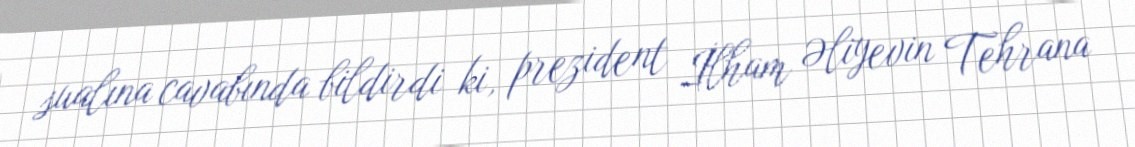
sualına cavabında bildirdi ki, prezident İlham Əliyevin Tehrana